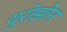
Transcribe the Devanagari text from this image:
युरोझोन